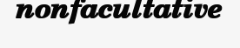
nonfacultative